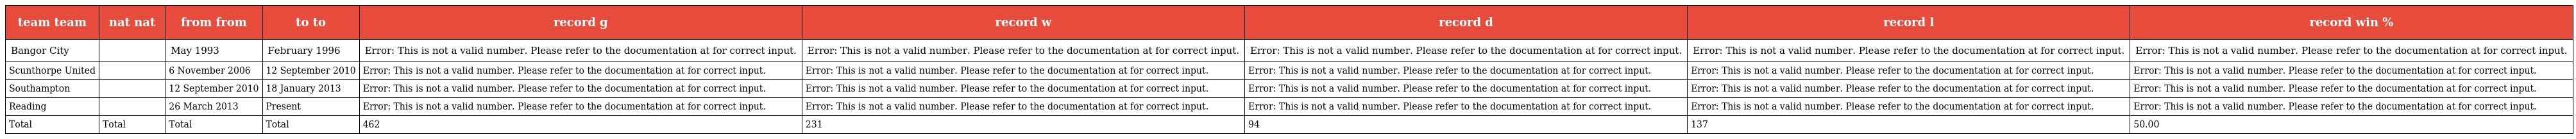
| team team | nat nat | from from | to to | record g | record w | record d | record l | record win % |
 | --- | --- | --- | --- | --- | --- | --- | --- | --- |
 | Bangor City |  | May 1993 | February 1996 | Error: This is not a valid number. Please refer to the documentation at for correct input. | Error: This is not a valid number. Please refer to the documentation at for correct input. | Error: This is not a valid number. Please refer to the documentation at for correct input. | Error: This is not a valid number. Please refer to the documentation at for correct input. | Error: This is not a valid number. Please refer to the documentation at for correct input. |
 | Scunthorpe United |  | 6 November 2006 | 12 September 2010 | Error: This is not a valid number. Please refer to the documentation at for correct input. | Error: This is not a valid number. Please refer to the documentation at for correct input. | Error: This is not a valid number. Please refer to the documentation at for correct input. | Error: This is not a valid number. Please refer to the documentation at for correct input. | Error: This is not a valid number. Please refer to the documentation at for correct input. |
 | Southampton |  | 12 September 2010 | 18 January 2013 | Error: This is not a valid number. Please refer to the documentation at for correct input. | Error: This is not a valid number. Please refer to the documentation at for correct input. | Error: This is not a valid number. Please refer to the documentation at for correct input. | Error: This is not a valid number. Please refer to the documentation at for correct input. | Error: This is not a valid number. Please refer to the documentation at for correct input. |
 | Reading |  | 26 March 2013 | Present | Error: This is not a valid number. Please refer to the documentation at for correct input. | Error: This is not a valid number. Please refer to the documentation at for correct input. | Error: This is not a valid number. Please refer to the documentation at for correct input. | Error: This is not a valid number. Please refer to the documentation at for correct input. | Error: This is not a valid number. Please refer to the documentation at for correct input. |
 | Total | Total | Total | Total | 462 | 231 | 94 | 137 | 50.00 |